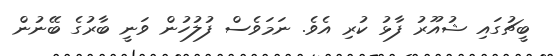
ބީޗުގައި ޝުއޫރު ފާޅު ކުރި އެވެ. ނަމަވެސް ފުލުހުން ވަނީ ބާރުގެ ބޭނުން